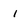
Character: l